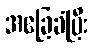
အခြေခံပြီး